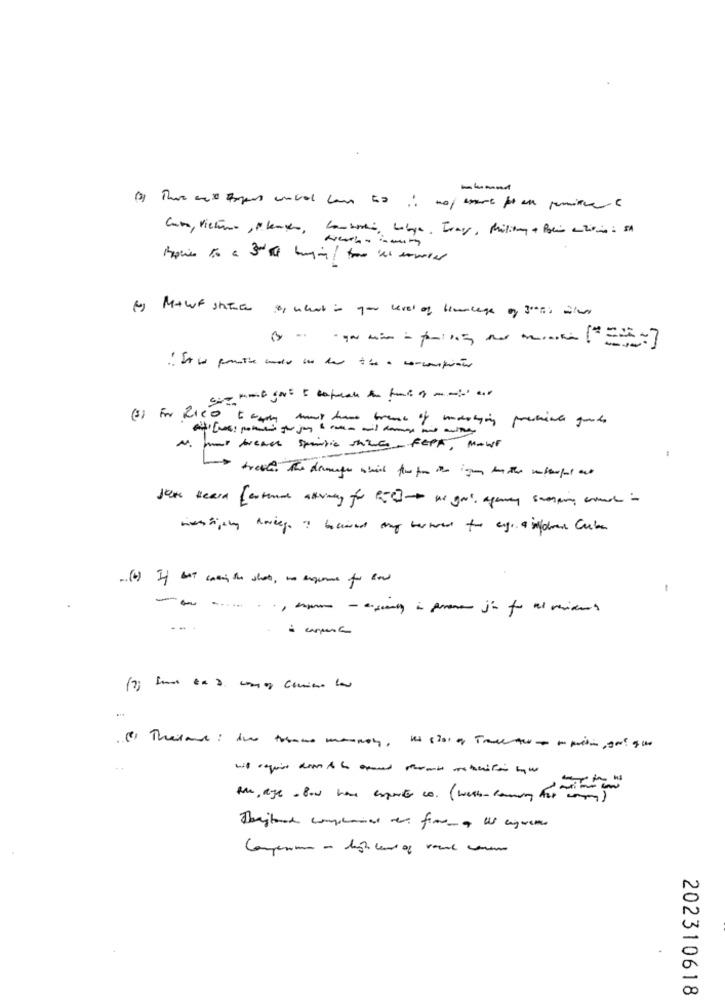
Cantoni Libye. Iray, Military + Polio antiviro : SA
() Er Rico
A. mot breach spintic shis feet, MOWE
John Heard [antenne aktivity for PC] as you, agency scamping como
- carpent
202310618